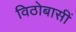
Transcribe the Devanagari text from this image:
विठोबासीं